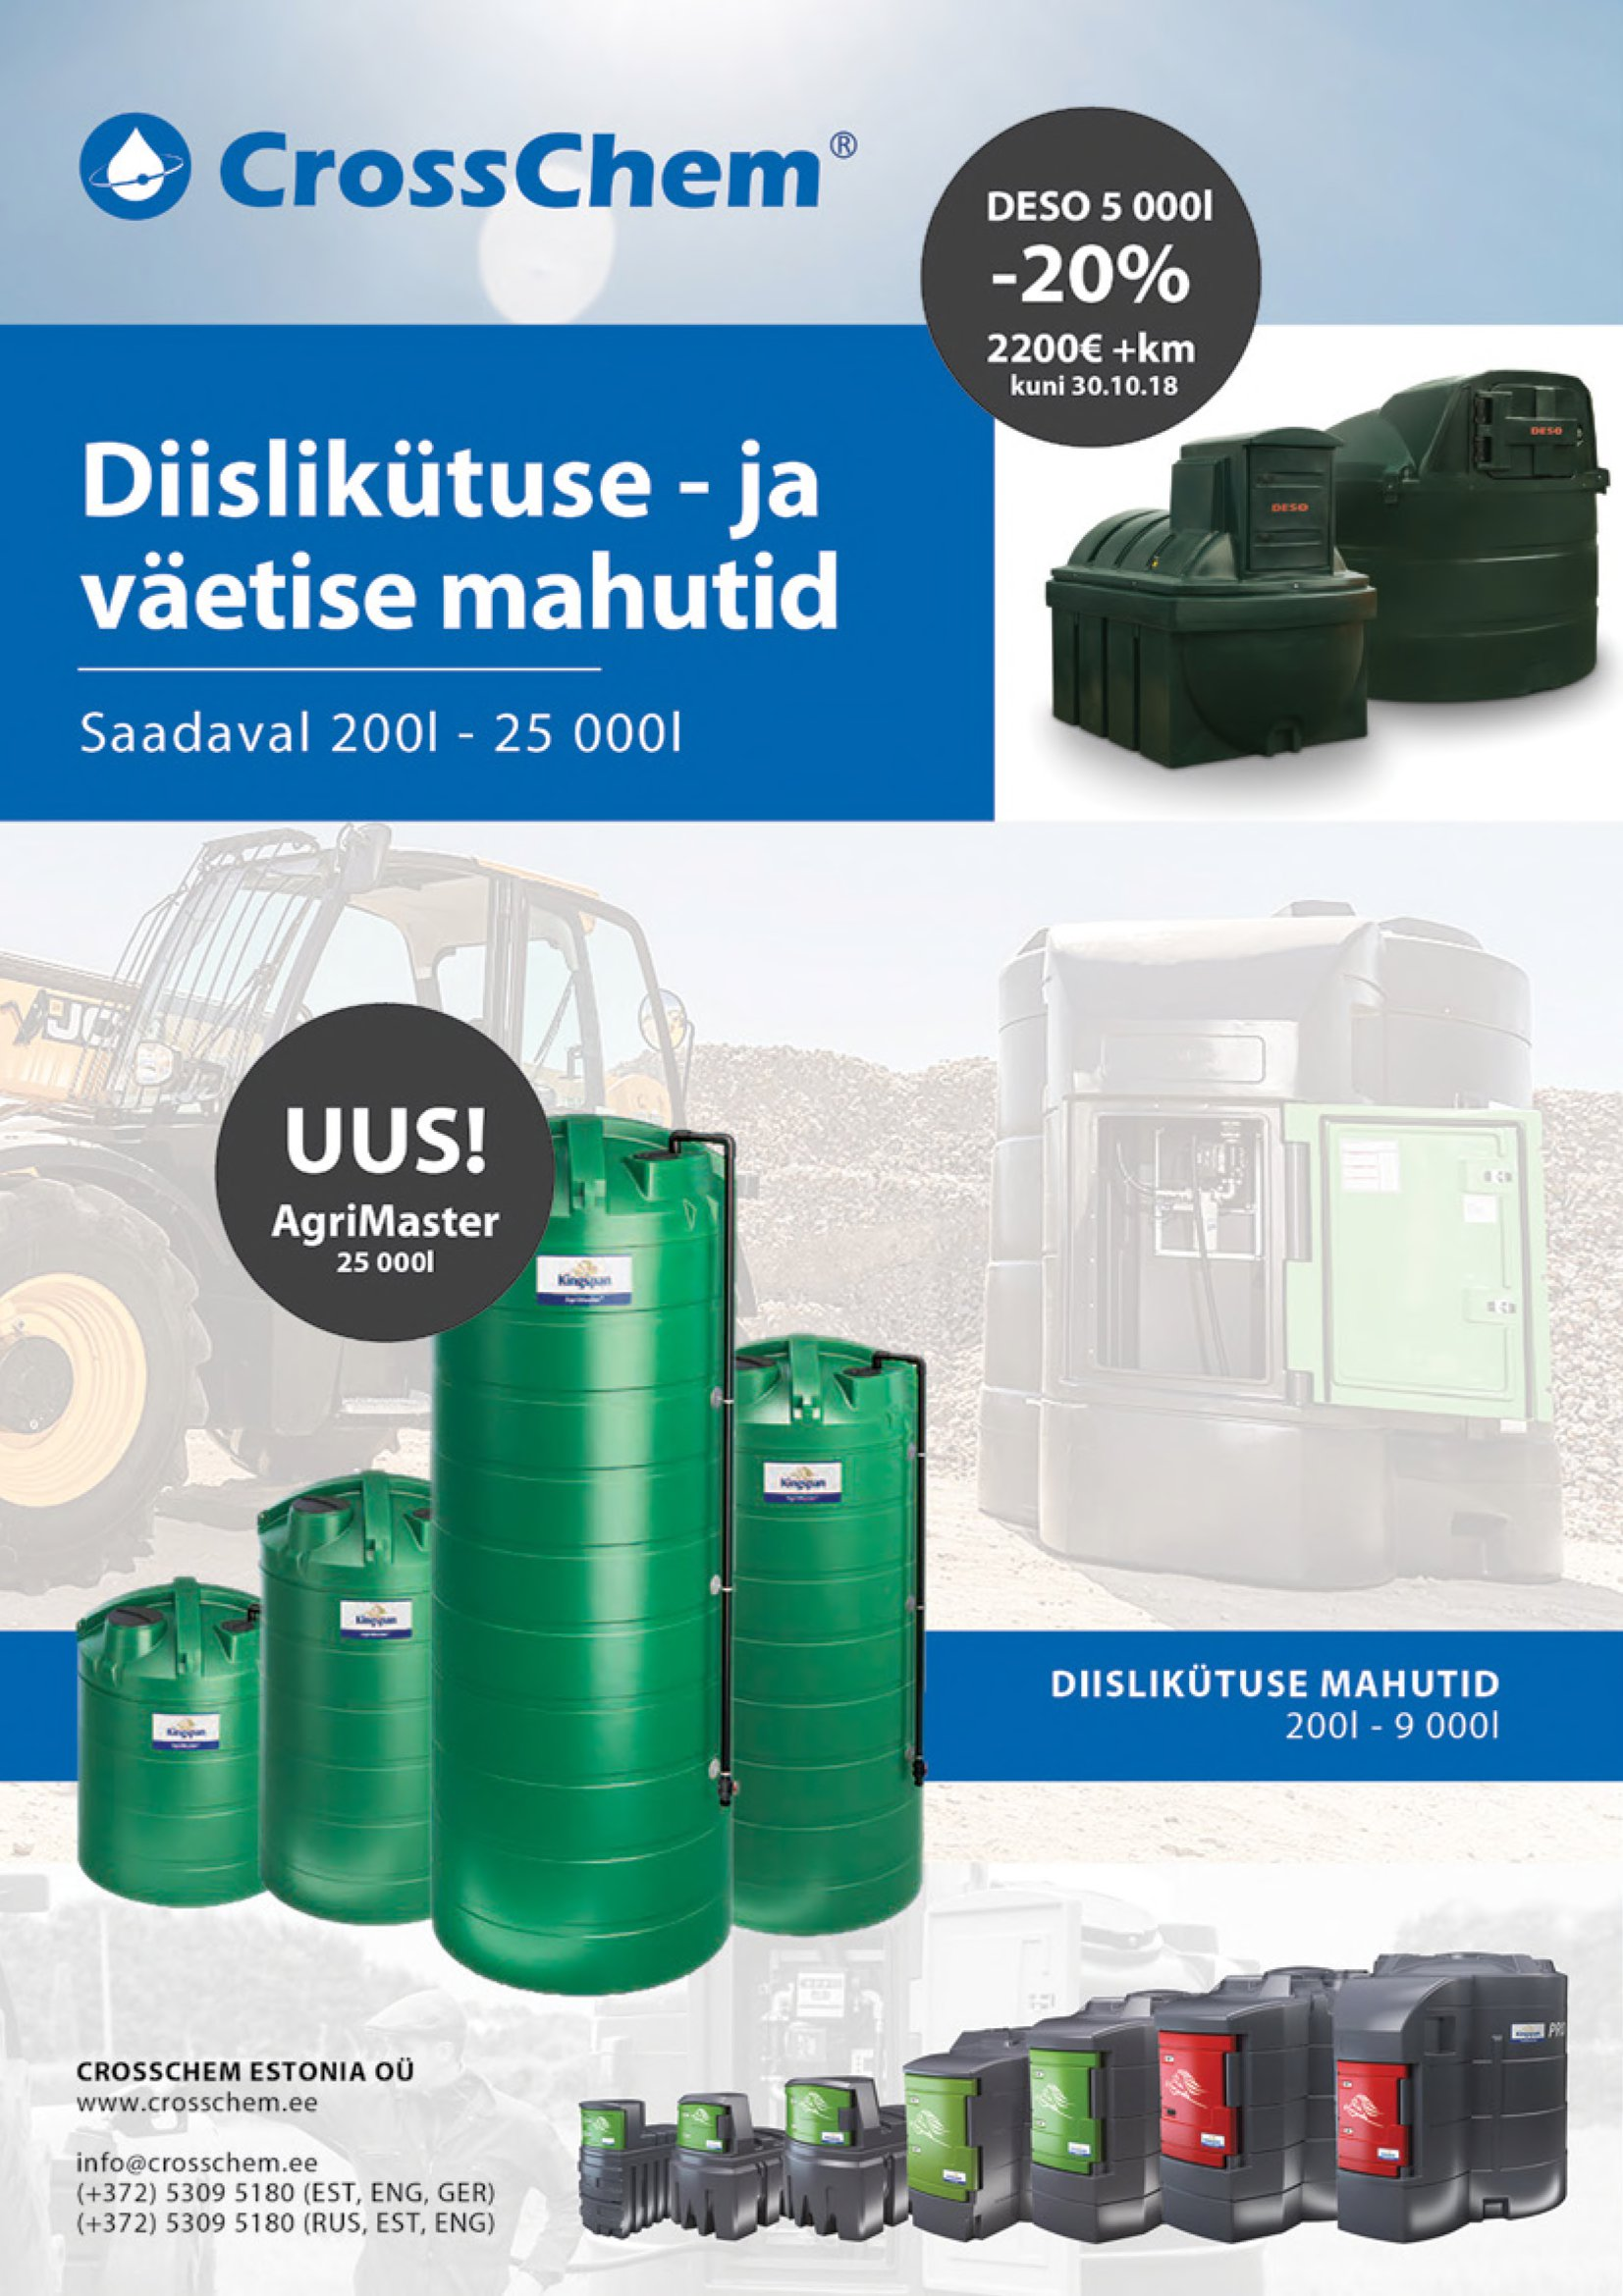
Language: et